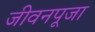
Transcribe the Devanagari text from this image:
जीवनपूजा